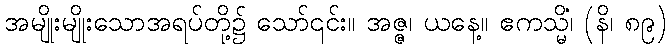
အမျိုးမျိုးသောအရပ်တို့၌ သော်၎င်း။ အဇ္ဇ၊ ယနေ့။ ဧကသ္မိံ၊ (နိ၊ ၈၉)